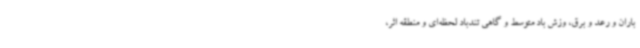
باران و رعد و برق، وزش باد متوسط و گاهی تندباد لحظه‌ای و منطقه اثر،